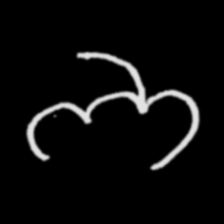
Pyu character \u2014 Myanmar letter: ဘ (romanized: bha)